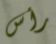
رأس